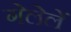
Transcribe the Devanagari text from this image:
गेलेलें